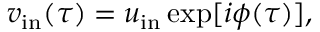
\begin{array} { r } { v _ { \mathrm { i n } } ( \tau ) = u _ { \mathrm { i n } } \exp [ i \phi ( \tau ) ] , } \end{array}